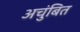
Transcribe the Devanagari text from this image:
अचुंबित